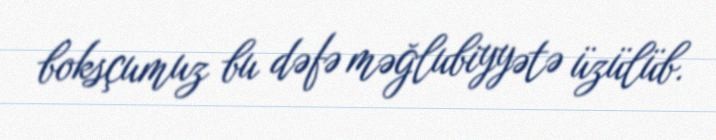
boksçumuz bu dəfə məğlubiyyətə üzülüb.